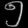
Digit: ၅